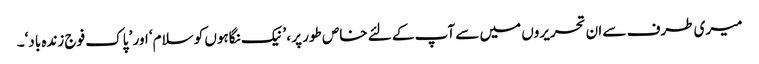
میری طرف سے ان تحریروں میں سے آپ کے لئے خاص طور پر ، ’ نیک نگاہوں کو سلام‘ اور ’ پاک فوج زندہ باد‘۔